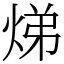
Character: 焍